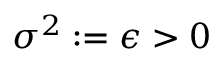
\sigma ^ { 2 } : = \epsilon > 0